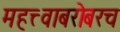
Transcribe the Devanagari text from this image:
महत्त्वाबरोबरच